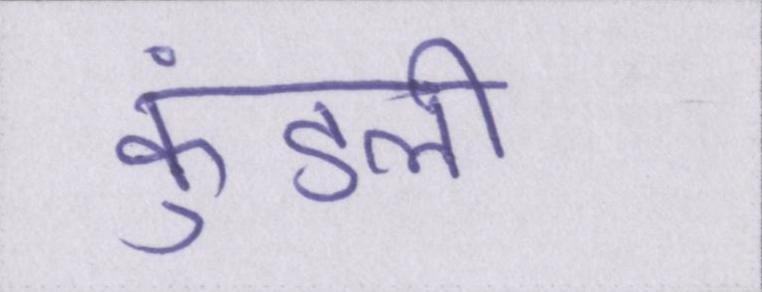
कुंडली